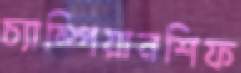
চ্যাম্পিয়ানশিফ